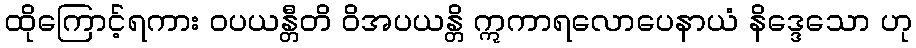
ထိုကြောင့်ရကား ဝပယန္တီတိ ဝိအပယန္တိ ဣကာရလောပေနာယံ နိဒ္ဒေသော ဟု